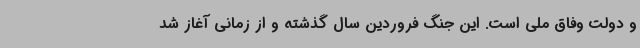
و دولت وفاق ملی است. این جنگ فروردین سال گذشته و از زمانی آغاز شد